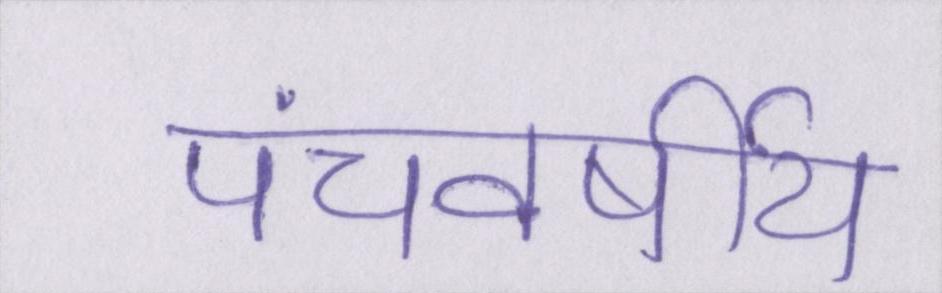
पंचवर्षीय